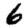
Digit: 6